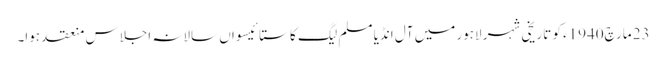
23 مارچ1940ء کو تاریخی شہر لاہور میں آل انڈیا مسلم لیگ کا ستائیسواں سالانہ اجلاس منعقد ہوا۔